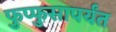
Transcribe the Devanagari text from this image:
फुप्फुसापर्यंत